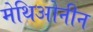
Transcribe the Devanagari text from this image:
मेथिओनीन